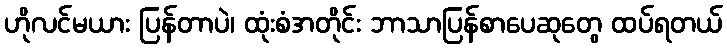
ဟိုလင်မယား ပြန်တာပဲ၊ ထုံးစံအတိုင်း ဘာသာပြန်စာပေဆုတွေ ထပ်ရတယ်